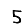
Digit: 5